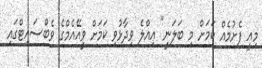
މިއީ ފެށުމެއް ކަމަށް މި ބަލަނީ" އިއްލެ ވިދާޅުވި ކަމަށް ވީއޭއެމްގެ ވެބްސައިޓްގައި